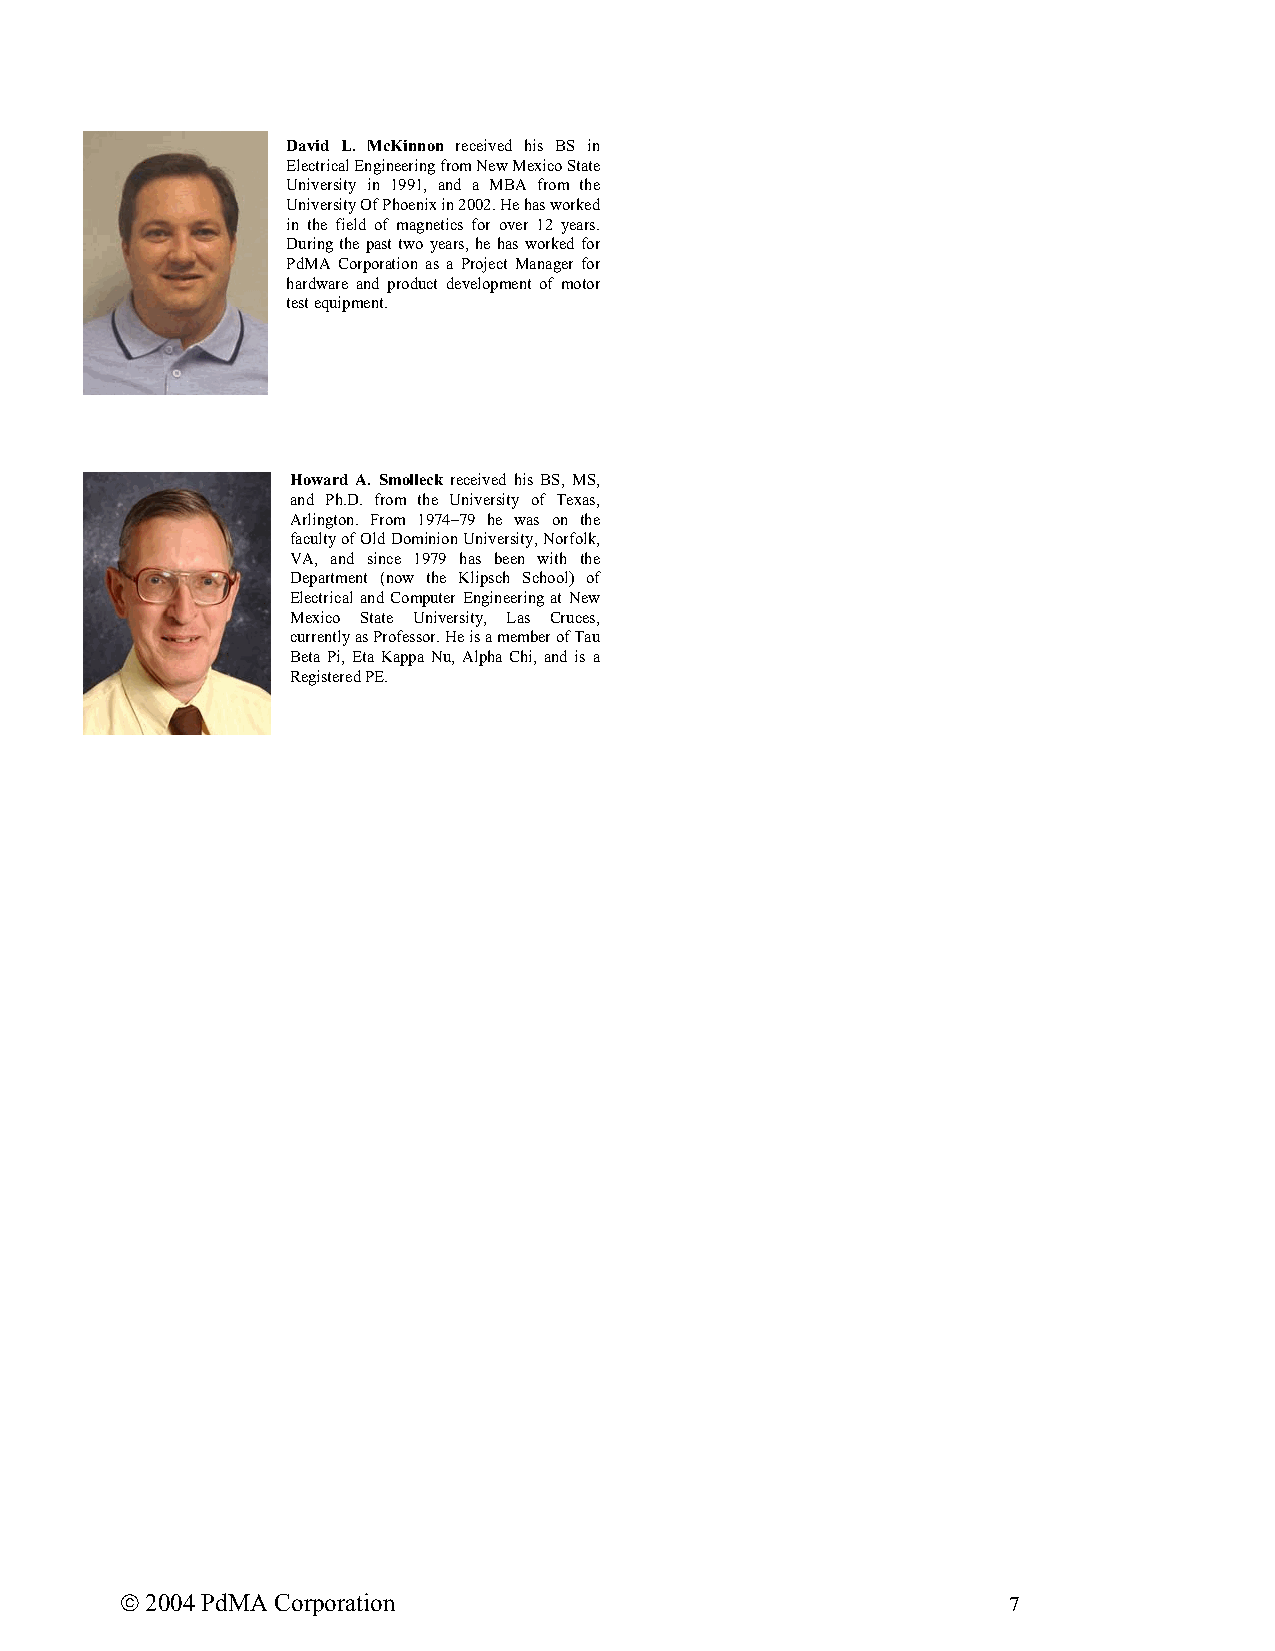
David L. McKinnon received his BS in
 Electrical Engineering from New Mexico State
 University in 1991, and a MBA from the
 University Of Phoenix in 2002. He has worked
 in the field of magnetics for over 12 years.
 During the past two years, he has worked for
 PdMA Corporation as a Project Manager for
 hardware and product development of motor
 test equipment.
 Howard A. Smolleck received his BS, MS,
 and Ph.D. from the University of Texas,
 Arlington. From 1974–79 he was on the
 faculty of Old Dominion University, Norfolk,
 VA, and since 1979 has been with the
 Department (now the Klipsch School) of
 Electrical and Computer Engineering at New
 Mexico State University, Las Cruces,
 currently as Professor. He is a member of Tau
 Beta Pi, Eta Kappa Nu, Alpha Chi, and is a
 Registered PE.
  2004 PdMA Corporation                                    7